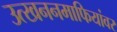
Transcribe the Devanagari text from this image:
उत्खननमाफियांवर